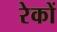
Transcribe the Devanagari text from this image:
रेकों